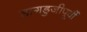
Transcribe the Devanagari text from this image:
डागडुजीपूर्वी